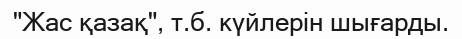
"Жас қазақ", т.б. күйлерін шығарды.